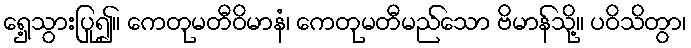
ရှေ့သွားပြု၍။ ကေတုမတီဝိမာနံ၊ ကေတုမတီမည်သော ဗိမာန်သို့။ ပဝိသိတွာ၊